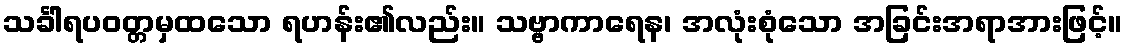
သင်္ခါရပဝတ္တမှထသော ရဟန်း၏လည်း။ သဗ္ဗာကာရေန၊ အလုံးစုံသော အခြင်းအရာအားဖြင့်။